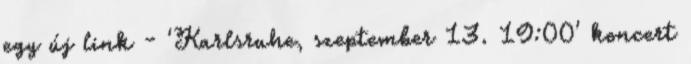
egy új link - 'Karlsruhe, szeptember 13. 19:00' koncert